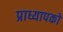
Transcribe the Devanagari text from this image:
प्राध्यापको